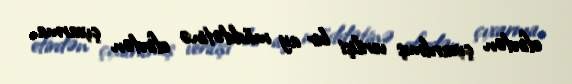
efirdən çıxarılmış verilişi bir ay müddətinə efirdən çıxarma.